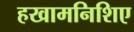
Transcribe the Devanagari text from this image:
हखामनिशिए